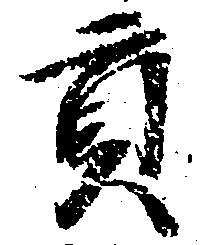
貢